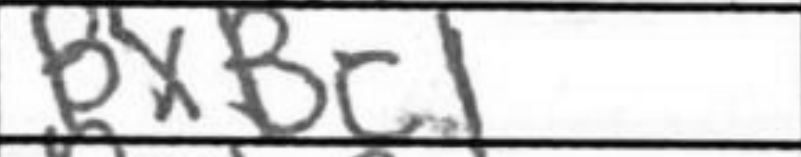
Transcription: BxBc1